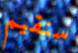
سنقيم